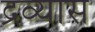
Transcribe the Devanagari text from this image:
द्रव्यास